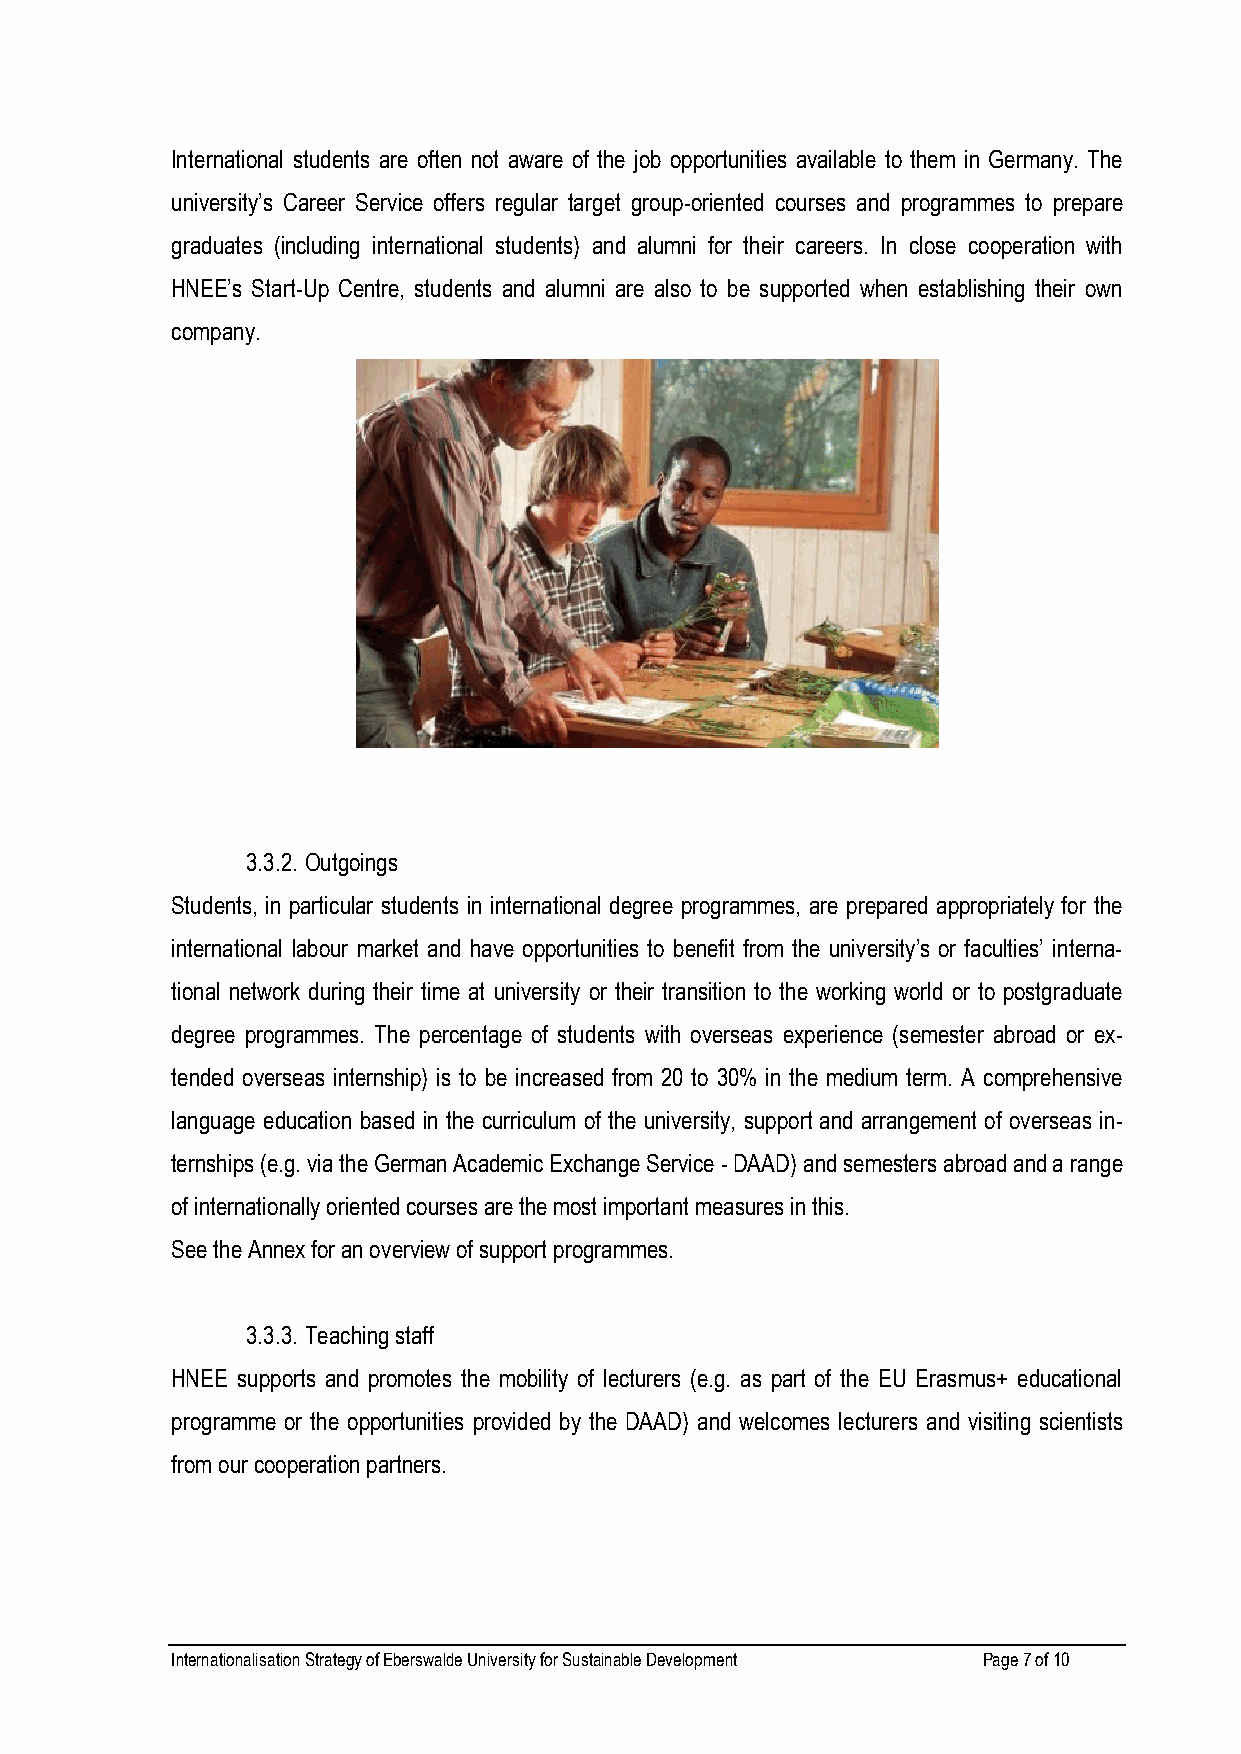
International students are often not aware of the job opportunities available to them in Germany. The
 university’s Career Service offers regular target group-oriented courses and programmes to prepare
 graduates (including international students) and alumni for their careers. In close cooperation with
 HNEE’s Start-Up Centre, students and alumni are also to be supported when establishing their own
 company.
 3.3.2. Outgoings
 Students, in particular students in international degree programmes, are prepared appropriately for the
 international labour market and have opportunities to benefit from the university’s or faculties’ interna-
 tional network during their time at university or their transition to the working world or to postgraduate
 degree programmes. The percentage of students with overseas experience (semester abroad or ex-
 tended overseas internship) is to be increased from 20 to 30% in the medium term. A comprehensive
 language education based in the curriculum of the university, support and arrangement of overseas in-
 ternships (e.g. via the German Academic Exchange Service - DAAD) and semesters abroad and a range
 of internationally oriented courses are the most important measures in this.
 See the Annex for an overview of support programmes.
 3.3.3. Teaching staff
 HNEE supports and promotes the mobility of lecturers (e.g. as part of the EU Erasmus+ educational
 programme or the opportunities provided by the DAAD) and welcomes lecturers and visiting scientists
 from our cooperation partners.
 Internationalisation Strategy of Eberswalde University for Sustainable Development Page 7 of 10